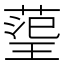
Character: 𭹬